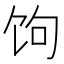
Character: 𬲯